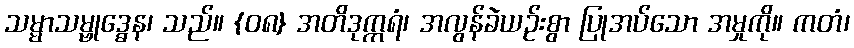
သမ္မာသမ္ဗုဒ္ဓေန၊ သည်။ {၀၈} အတိဒုက္ကရံ၊ အလွန်ခဲယဉ်းစွာ ပြုအပ်သော အမှုကို။ ကတံ၊